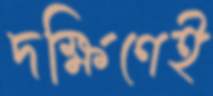
দক্ষিণেই